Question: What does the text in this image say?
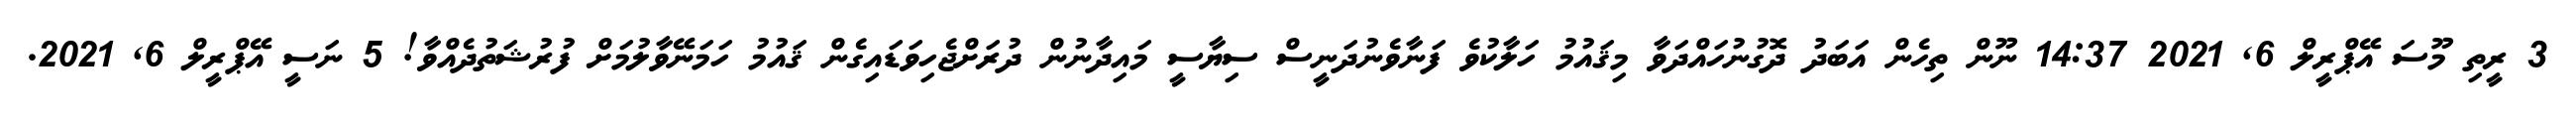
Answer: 3 ރީތި މޫސަ އޭޕްރީލް 6, 2021 14:37 ނޫން ތިހެން އަބަދު ދޮގުނުހައްދަވާ މިޤައުމު ހަލާކުވެ ފަނާވެނުދަނީސް ސިޔާސީ މައިދާނުން ދުރަށްޖެހިވަޑައިގެން ޤައުމު ހަމަނޭވާލުމަށް ފުރުޝަތުދެއްވާ! 5 ނަސީ އޭޕްރީލް 6, 2021.